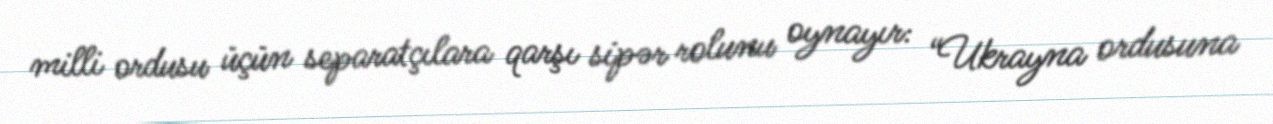
milli ordusu üçün separatçılara qarşı sipər rolunu oynayır: “Ukrayna ordusuna